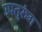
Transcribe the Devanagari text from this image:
उपतुरुंग